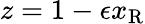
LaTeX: z=1-\epsilon x_{\mathrm{{R}}}